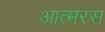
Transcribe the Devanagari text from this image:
आत्मरस